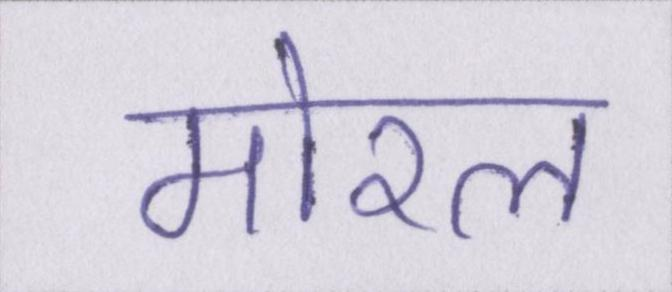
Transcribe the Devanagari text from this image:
मोरल